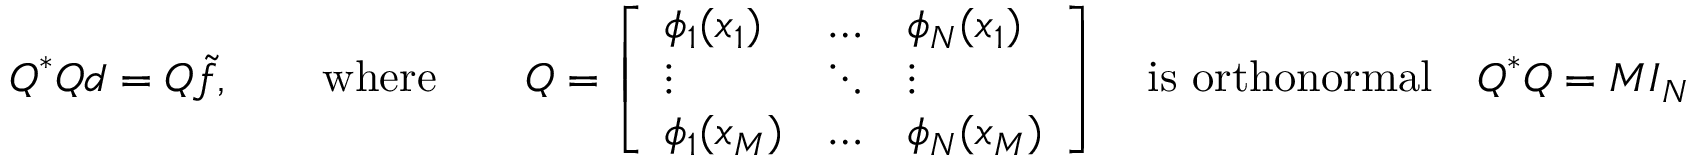
\begin{array} { r } { \boldsymbol { Q } ^ { * } \boldsymbol { Q d } = \boldsymbol { Q \tilde { f } } , \qquad \mathrm { w h e r e } \qquad \boldsymbol { Q } = \left[ \begin{array} { l l l } { \phi _ { 1 } ( { x } _ { 1 } ) } & { \dots } & { \phi _ { N } ( { x } _ { 1 } ) } \\ { \vdots } & { \ddots } & { \vdots } \\ { \phi _ { 1 } ( { x } _ { M } ) } & { \dots } & { \phi _ { N } ( { x } _ { M } ) } \end{array} \right] { \quad \mathrm { i s ~ o r t h o n o r m a l } \quad \boldsymbol { Q } ^ { * } \boldsymbol { Q } = M \boldsymbol { I } _ { N } } } \end{array}